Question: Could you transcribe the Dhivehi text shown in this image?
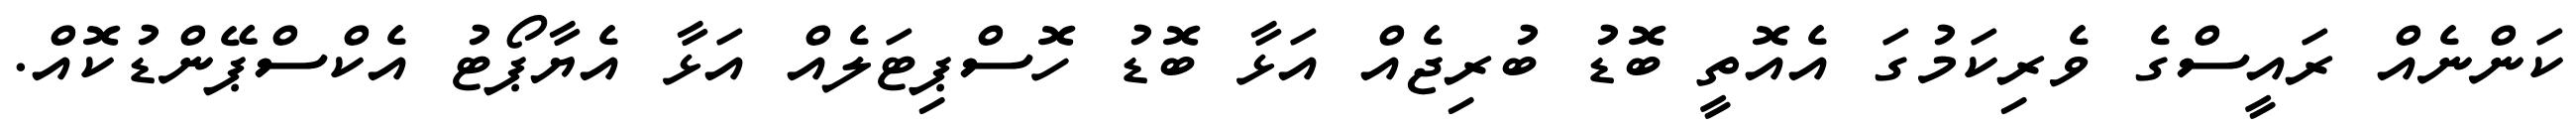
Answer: ކަންނެއް ރައީސްގެ ވެރިކަމުގަ އެއޮތީ ބޮޑު ބުރިޖެއް އަޅާ ބޮޑު ހޮސްޕިޓަލެއް އަޅާ އެޔާޕޯޓު އެކްސްޕޭންޑުކޮއް.